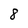
Character: 8